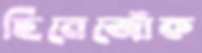
ছিনেজোঁক